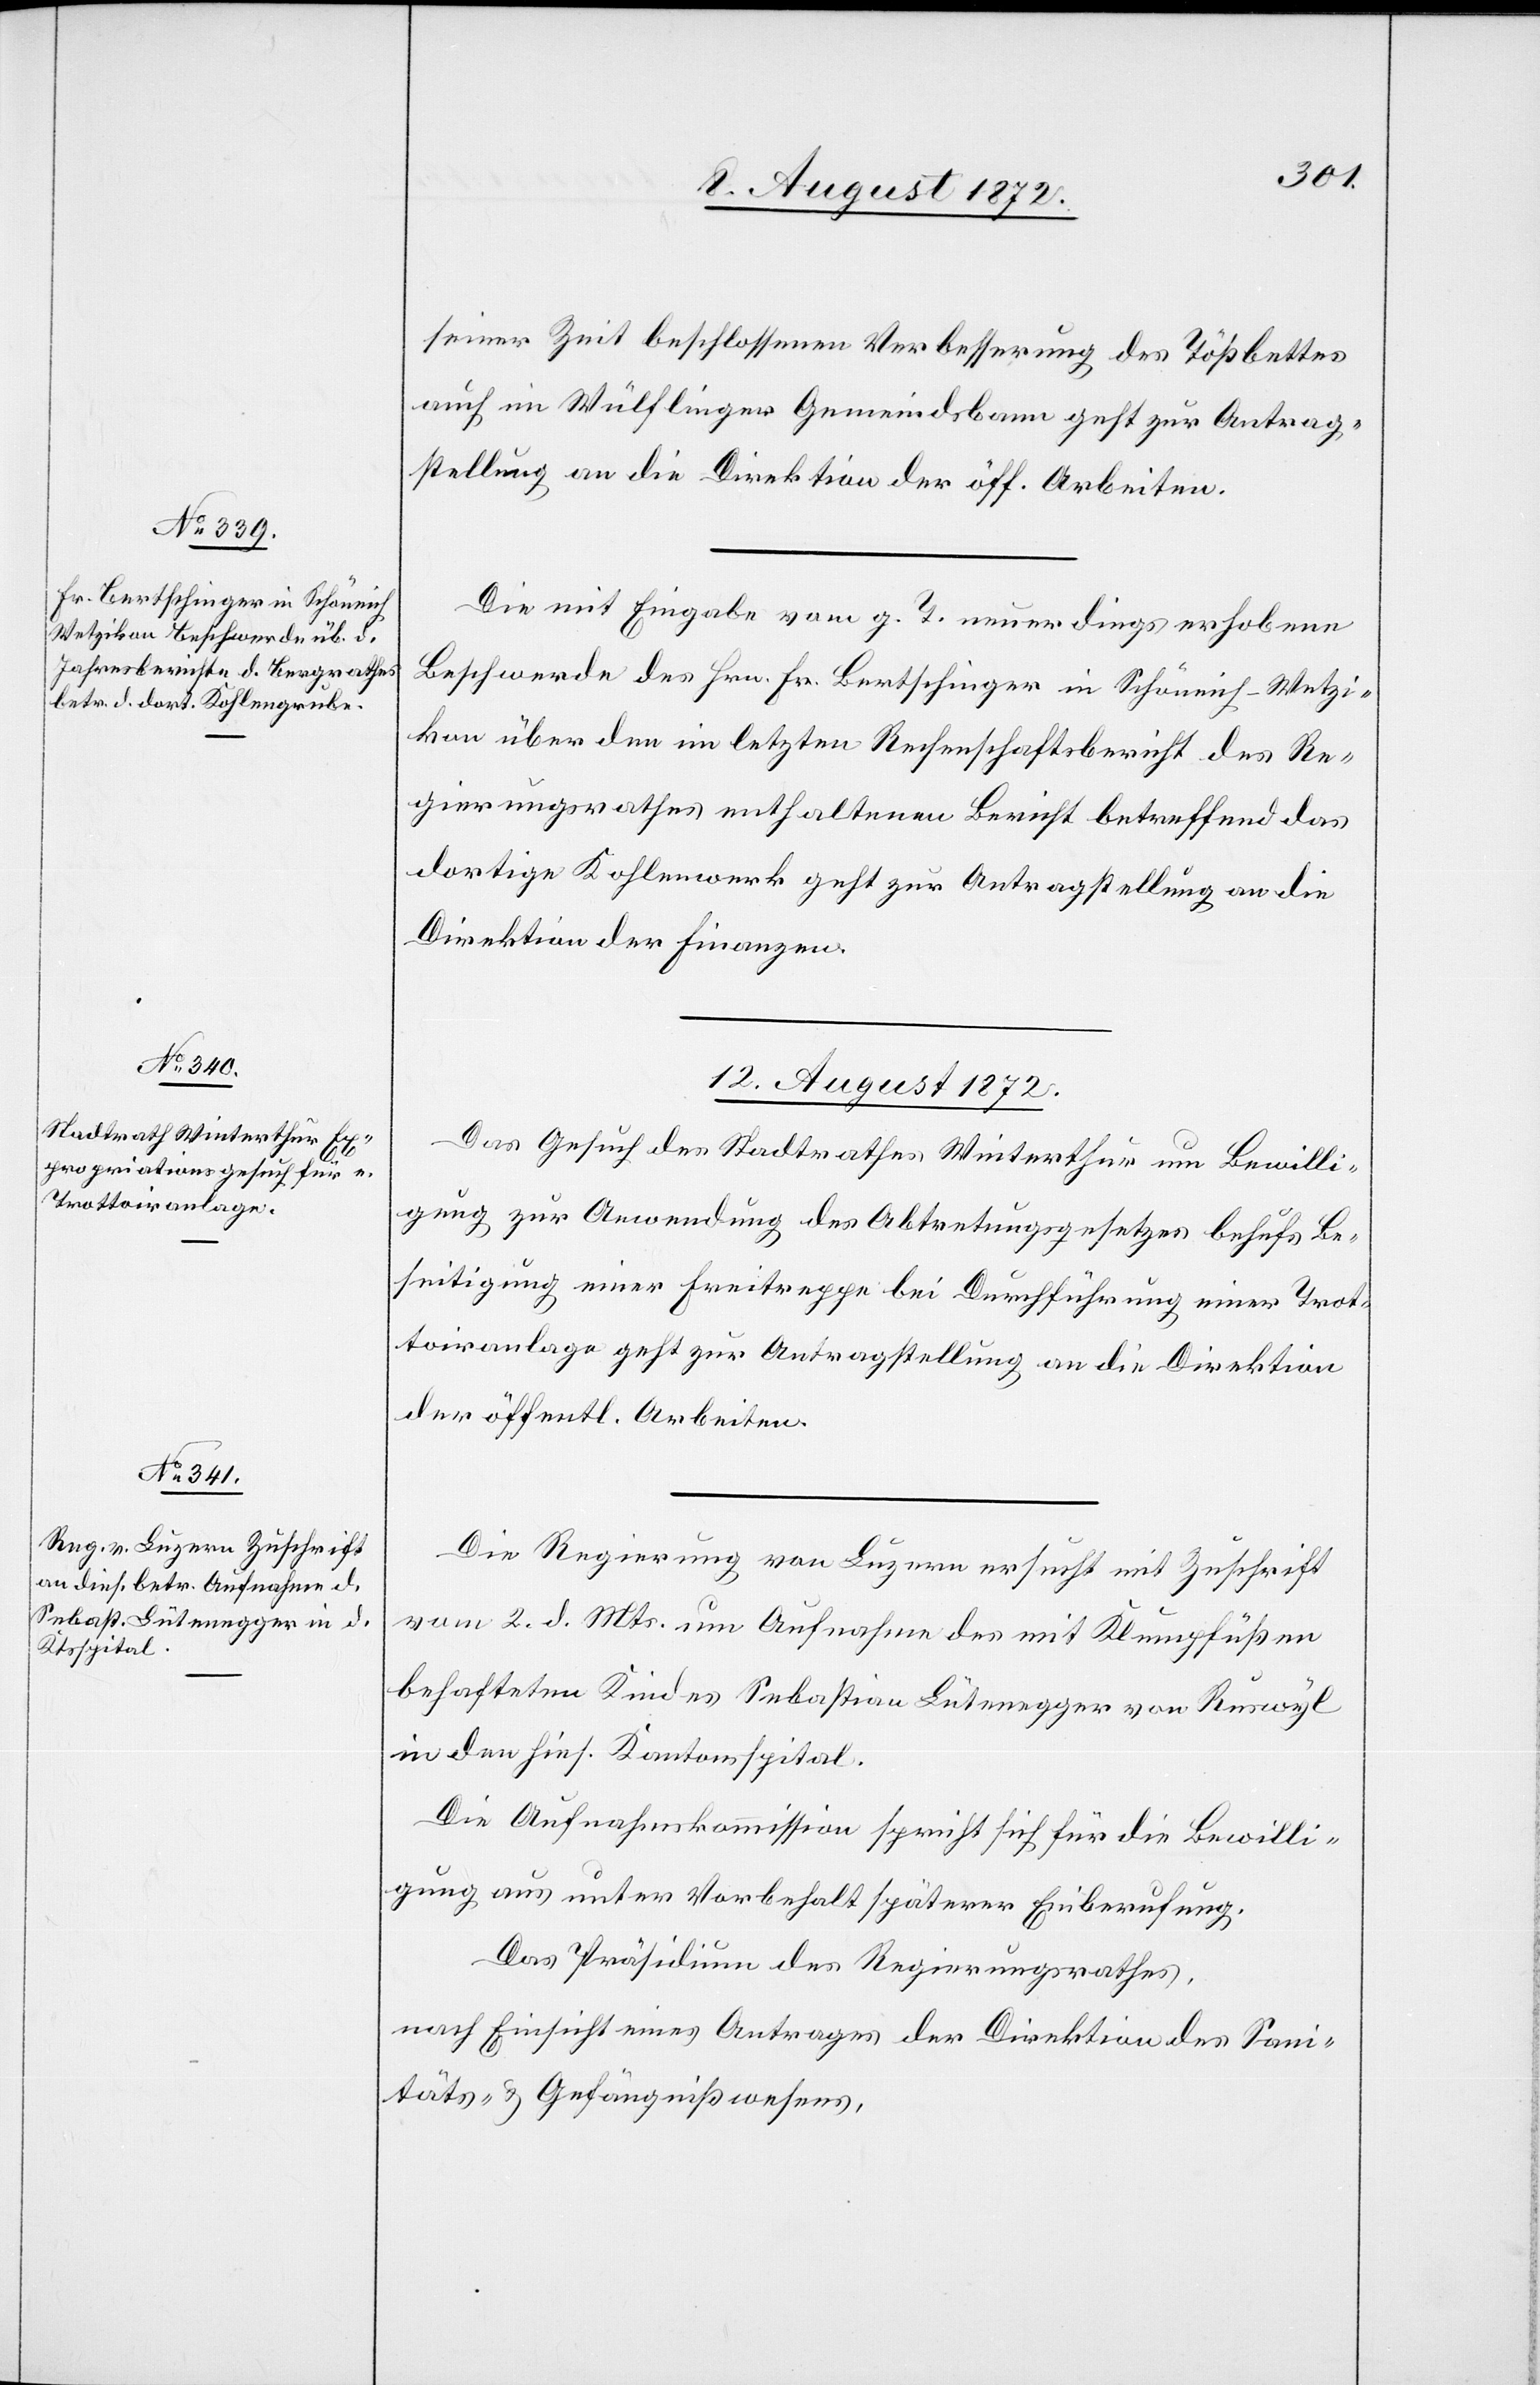
seiner Zeit beschlossenen Verbesserung des Tößbettes
auch im Wülflinger Gemeindsbann geht zur Antrag¬
stellung an die Direktion der öff. Arbeiten.
Die mit Eingabe vom g. T. neuerdings erhobene
Beschwerde des Hrn. Fr. Bertschinger in Schöneich-Wetzi¬
kon über den im letzten Rechenschaftsbericht des Re¬
gierungsrathes enthaltenen Bericht betreffend das
dortige Kohlenwerk geht zur Antragstellung an die
Direktion der Finanzen.
12. August 1872.]
Das Gesuch des Stadtrathes Winterthur um Bewilli¬
gung zur Anwendung des Abtretungsgesetzes behufs Be¬
seitigung einer Freitreppe bei Durchführung einer Trot¬
toiranlage geht zur Antragstellung an die Direktion
der öffentl. Arbeiten.
Die Regierung von Luzern ersucht mit Zuschrift
vom 2. d. Mts. um Aufnahme des mit Klumpfüßen
behafteten Kindes Sebastian Lütenegger von Ruswyl
in den hies. Kantonsspital.
Die Aufnahmskommission spricht sich für die Bewilli¬
gung aus unter Vorbehalt späterer Einberufung.
Das Präsidium des Regierungsrathes,
nach Einsicht eines Antrages der Direktion des Sani¬
täts- u. Gefängnißwesens,